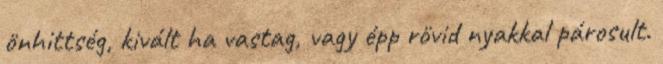
önhittség, kivált ha vastag, vagy épp rövid nyakkal párosult.